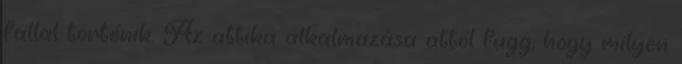
fallal történik. Az attika alkalmazása attól függ, hogy milyen